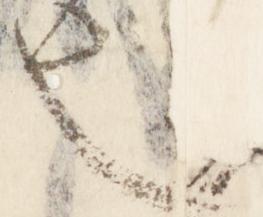
也